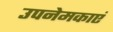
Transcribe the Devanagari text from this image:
उपनेमकाएं